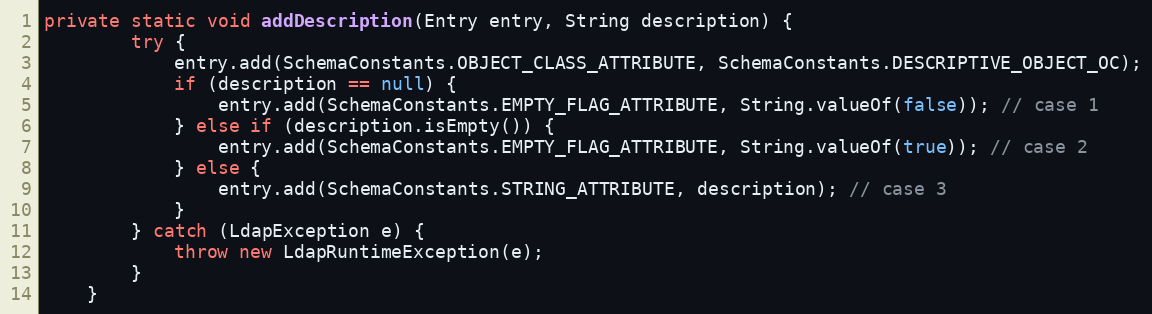
Language: Java
private static void addDescription(Entry entry, String description) {
        try {
            entry.add(SchemaConstants.OBJECT_CLASS_ATTRIBUTE, SchemaConstants.DESCRIPTIVE_OBJECT_OC);
            if (description == null) {
                entry.add(SchemaConstants.EMPTY_FLAG_ATTRIBUTE, String.valueOf(false)); // case 1
            } else if (description.isEmpty()) {
                entry.add(SchemaConstants.EMPTY_FLAG_ATTRIBUTE, String.valueOf(true)); // case 2
            } else {
                entry.add(SchemaConstants.STRING_ATTRIBUTE, description); // case 3
            }
        } catch (LdapException e) {
            throw new LdapRuntimeException(e);
        }
    }